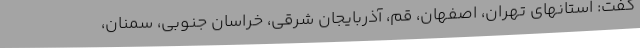
گفت: استانهای تهران، اصفهان، قم، آذربایجان شرقی، خراسان جنوبی، سمنان،